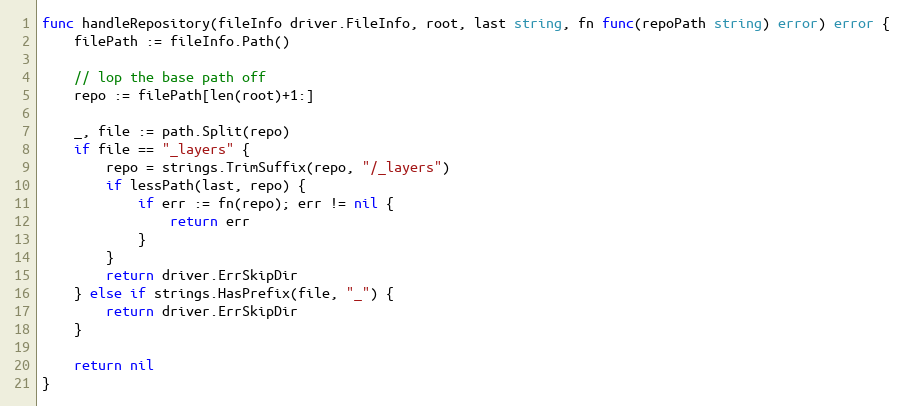
Language: Go
func handleRepository(fileInfo driver.FileInfo, root, last string, fn func(repoPath string) error) error {
	filePath := fileInfo.Path()

	// lop the base path off
	repo := filePath[len(root)+1:]

	_, file := path.Split(repo)
	if file == "_layers" {
		repo = strings.TrimSuffix(repo, "/_layers")
		if lessPath(last, repo) {
			if err := fn(repo); err != nil {
				return err
			}
		}
		return driver.ErrSkipDir
	} else if strings.HasPrefix(file, "_") {
		return driver.ErrSkipDir
	}

	return nil
}